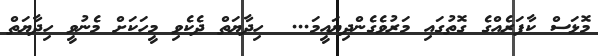
މޮޅަސް ކާފަރެއްގެ ގޮތުގައި މަރުވެގެންދިޔައީމަ...  ހިދާޔަތް ދެކެވި މީހަކަށް މެނުވީ ހިދާޔަތް